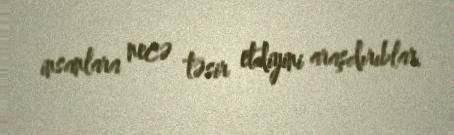
insanlara necə təsir etdiyini araşdırıblar.